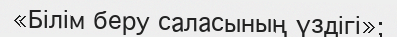
«Білім беру саласының үздігі»;